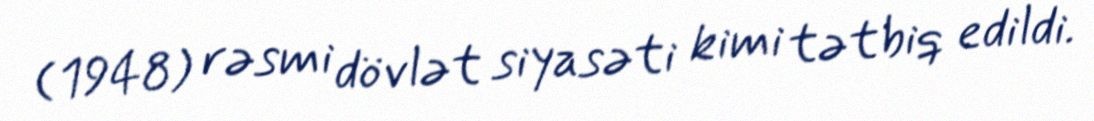
(1948) rəsmi dövlət siyasəti kimi tətbiq edildi.